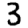
Digit: 3